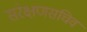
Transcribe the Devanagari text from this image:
संरक्षणसचिव